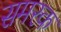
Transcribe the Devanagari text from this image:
समरक